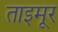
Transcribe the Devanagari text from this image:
ताइमूर